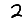
Digit: 2